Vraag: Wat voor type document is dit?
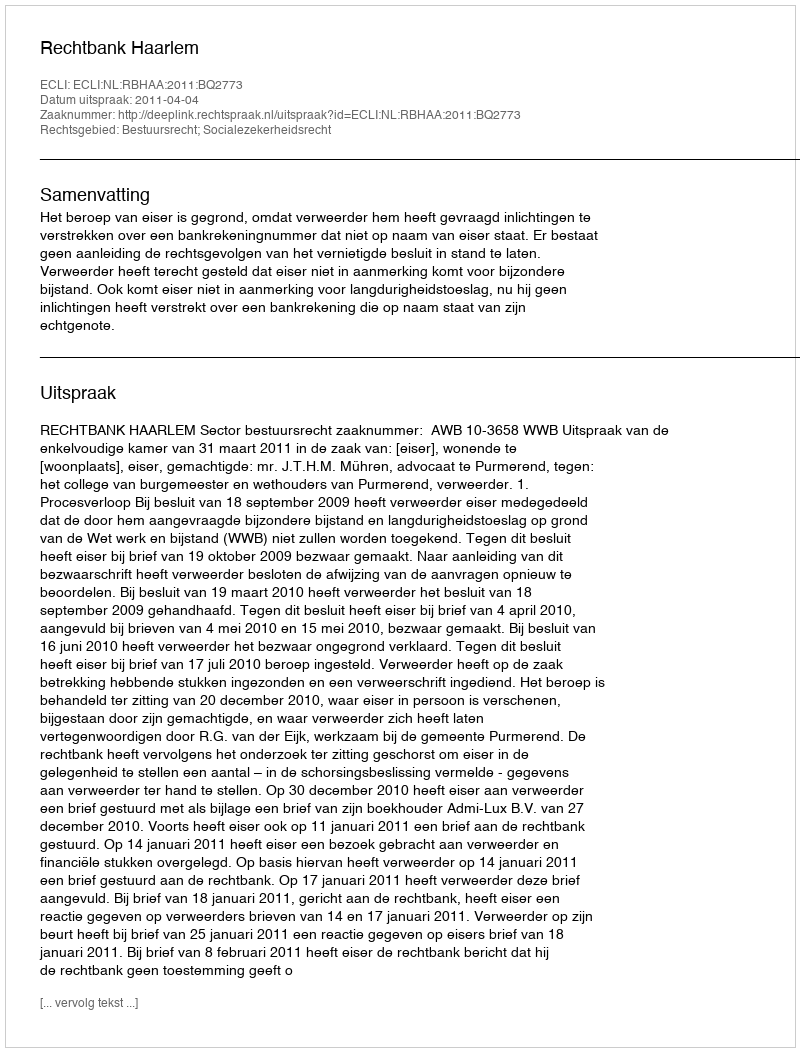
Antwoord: Uitspraak